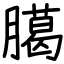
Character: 臈